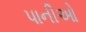
પાનીઓ